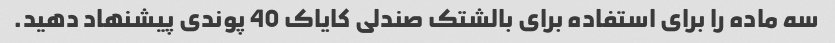
سه ماده را برای استفاده برای بالشتک صندلی کایاک 40 پوندی پیشنهاد دهید.